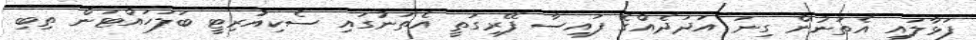
ފަޅާލައި އެތަނުން ގިނަ އަދަދެއްގެ ފައިސާ ފޭރިގަތީ އެތަނުގައި ސެކިއުރިޓީ ބަލަހައްޓަން ތިބި